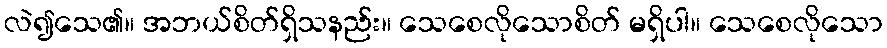
လဲ၍သေ၏။ အဘယ်စိတ်ရှိသနည်း။ သေစေလိုသောစိတ် မရှိပါ။ သေစေလိုသော